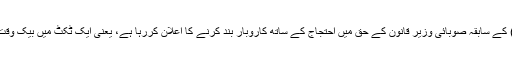
شہر میں ایک دھڑا تو مسلم لیگ (ن) کے سابقہ صوبائی وزیر قانون کے حق میں احتجاج کے ساتھ کاروبار بند کرنے کا اعلان کررہا ہے، یعنی ایک ٹکٹ میں بیک وقت دو مزے لینے کی کوشش میں ہے۔